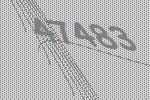
47483